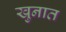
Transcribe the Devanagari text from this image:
खुनात